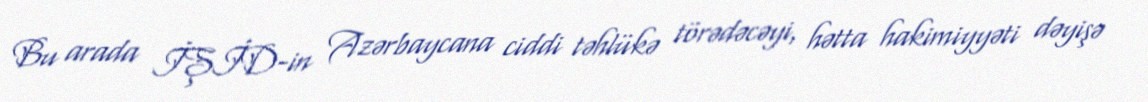
Bu arada İŞİD-in Azərbaycana ciddi təhlükə törədəcəyi, hətta hakimiyyəti dəyişə